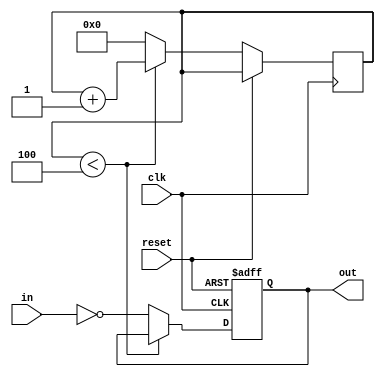
module inverter_with_delay (
    input wire clk,
    input wire reset,
    input wire in,
    output reg out
);

parameter DELAY = 5; // specifying the delay for the inverter

reg [DELAY - 1:0] delay_count;

always @ (posedge clk or posedge reset)
begin
    if (reset)
        out <= 1'b0;
    else if (delay_count < DELAY - 1)
        delay_count <= delay_count + 1;
    else
    begin
        delay_count <= 0;
        out <= !in;
    end
end

endmodule